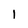
Character: 1